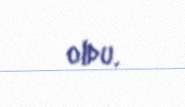
oldu.